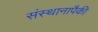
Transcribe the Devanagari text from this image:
संस्थानापैकी